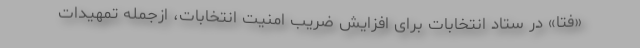
«فتا» در ستاد انتخابات برای افزایش ضریب امنیت انتخابات، ازجمله تمهیدات